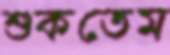
শুকতেম